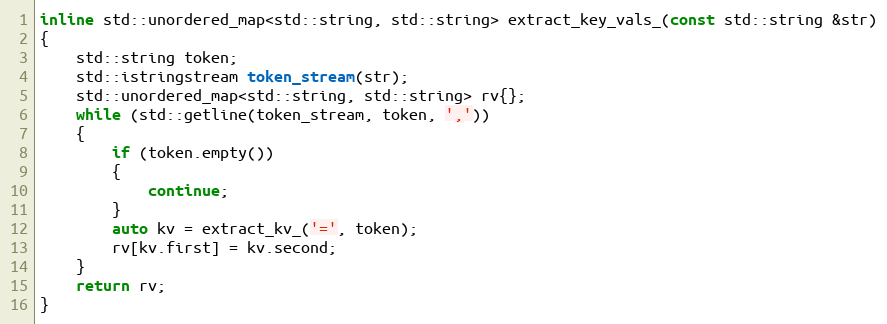
Language: C
inline std::unordered_map<std::string, std::string> extract_key_vals_(const std::string &str)
{
    std::string token;
    std::istringstream token_stream(str);
    std::unordered_map<std::string, std::string> rv{};
    while (std::getline(token_stream, token, ','))
    {
        if (token.empty())
        {
            continue;
        }
        auto kv = extract_kv_('=', token);
        rv[kv.first] = kv.second;
    }
    return rv;
}